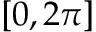
[ 0 , 2 \pi ]